Annual administration report of the Civil Veterinary Department of India - 1898-1899
Year: 1898
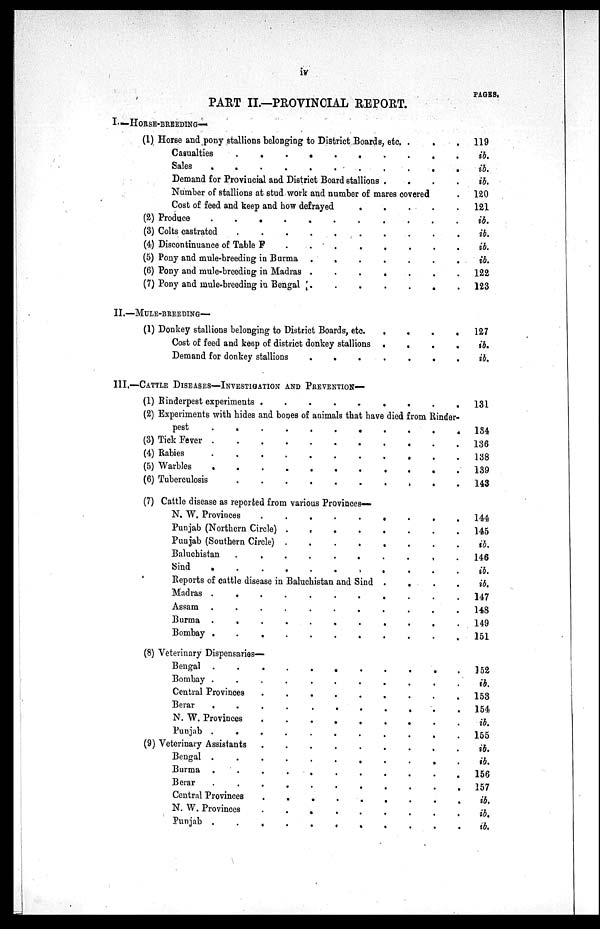
iv
PART II.—PROVINCIAL REPORT.
I.—HORSE-BBEEDING—
(1) Horse and pony stallions belonging to District Boards, etc. . .
.
Casualties
.
.
.
.
.
.
.
.
.
.
Sales
.
.
.
.
.
.
.
.
.
.
Demand for Provincial and District Board stallions . . . .
Number of stallions at stud work and number of mares covered
Cost of feed and keep and how defrayed
.
.
.
.
.
(2) Produce
.
.
.
.
.
.
(3) Colts castrated
.
.
.
.
.
.
.
.
.
.
(4) Discontinuance of Table
F
.
.
.
.
.
(5) Pony and mule-breeding in Burma .
.
.
.
.
.
.
(6) Pony and mule-breeding in Madras .
.
.
.
.
.
.
(7) Pony and mule-breeding in Bengal
.
.
.
.
II.—MULE-BREEDING—
(1) Donkey stallions belonging to District Boards, etc.
.
.
.
.
Cost of feed and keep of district donkey stallions .
.
.
.
Demand for donkey stallions
.
.
.
.
.
.
.
III.—CATTLE DISEASES—INVESTIGATION AND PREVENTION—
(1) Rinderpest experiments .
.
.
.
.
.
.
.
.
(2) Experiments with hides and bones of animals that have died from Rinder-
pest
.
.
.
.
.
.
.
.
.
.
.
(3) Tick Fever
.
.
.
.
.
.
(4) Rabies
.
.
.
.
.
.
.
.
.
.
(5) Warbles . . . . . .
(6) Tuberculosis
.
.
.
.
.
.
.
.
.
.
(7) Cattle disease as reported from various Provinces—
N. W. Provinces
.
.
.
.
.
.
.
.
.
Punjab (Northern Circle) .
.
.
.
.
.
.
.
Punjab (Southern Circle) .
.
.
.
.
.
.
.
Baluchistan
.
.
.
.
.
.
.
.
.
.
Sind
.
.
.
.
.
.
.
.
.
.
.
Reports of cattle disease in Baluchistan and Sind .
.
.
.
Madras .
.
.
.
.
.
.
.
.
.
.
Assam .
.
.
.
.
.
.
.
.
.
.
Burma .
.
.
.
.
.
.
.
.
.
.
Bombay .
.
.
.
.
.
.
.
.
.
(8) Veterinary Dispensaries—
Bengal .
.
.
.
.
.
.
.
.
.
.
Bombay .
.
.
.
.
.
.
.
.
.
.
Central Provinces
.
.
.
.
.
.
.
.
.
Berar
.
.
.
. . . . .
N. W. Provinces
.
.
.
.
.
.
.
.
.
Punjab .
.
.
.
.
.
.
.
.
.
.
(9) Veterinary Assistants
.
.
.
.
.
.
.
.
.
Bengal .
.
.
.
.
.
.
.
.
.
.
Burma .
.
.
.
.
.
.
.
.
.
.
Berar
.
.
.
.
.
.
.
.
.
.
.
Central Provinces
.
.
.
.
.
.
.
.
.
N. W. Provinces . . . . . .
Punjab .
.
.
.
.
.
.
.
.
.
PAGES.
119
ib.
ib.
ib.
120
121
ib.
ib.
ib.
ib.
122
123
127
ib.
ib.
131
184
136
138
139
143
144
145
ib.
146
ib.
ib.
147
148
149
151
152
ib.
153
154
ib.
155
ib.
ib.
156
157
ib.
ib.
ib.